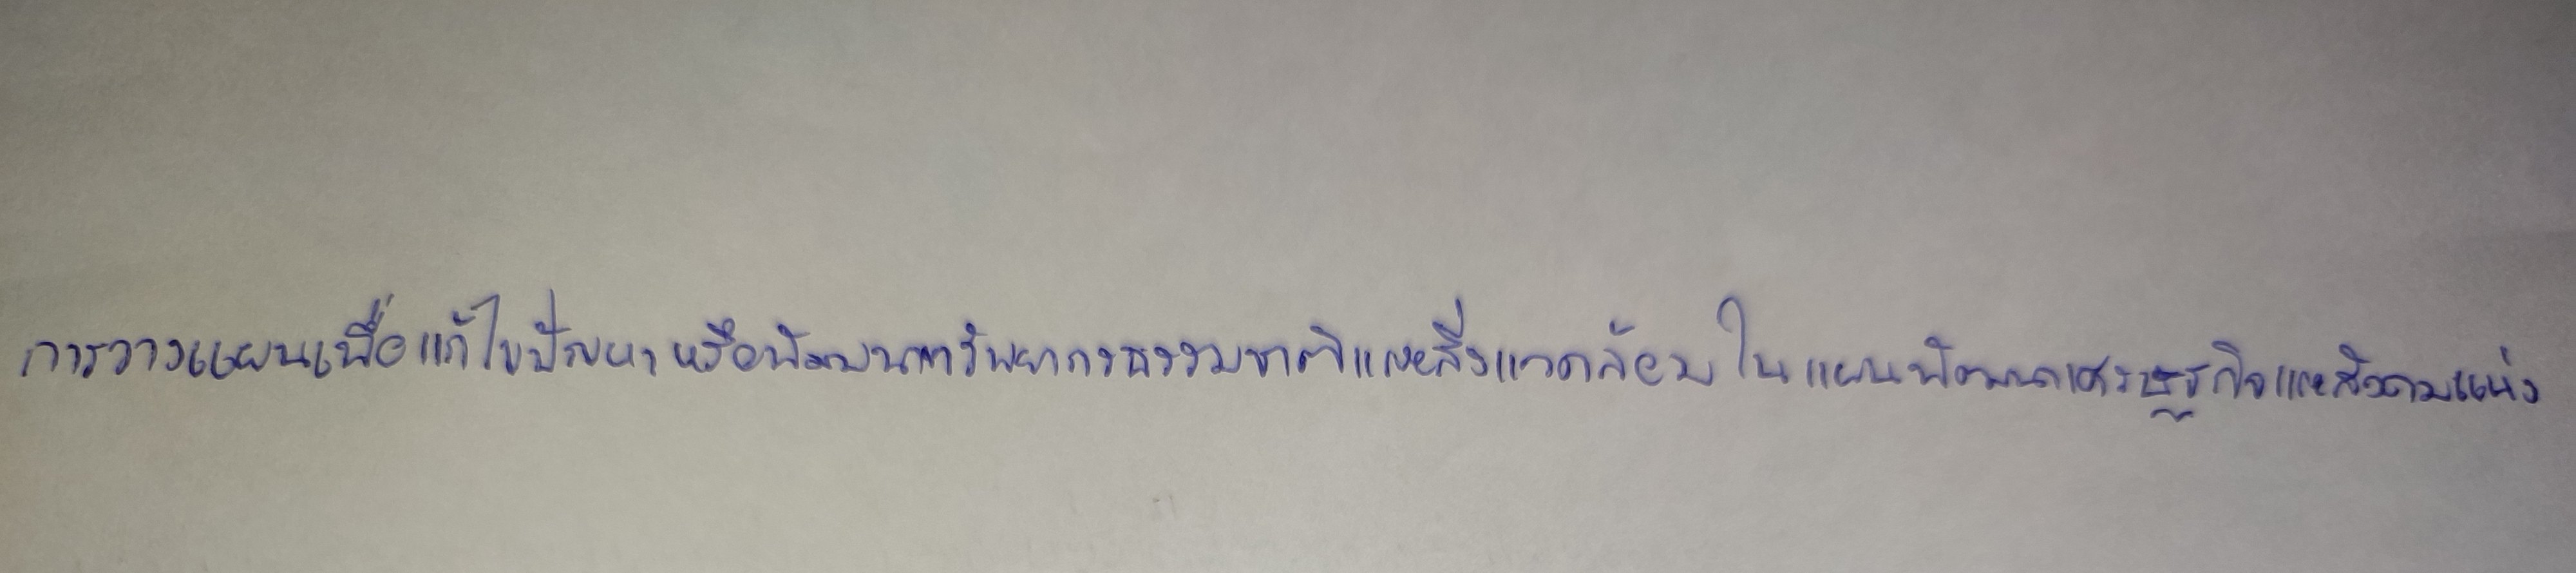
การวางแผนเพื่อแก้ไขปัญหาหรือพัฒนาทรัพยากรธรรมชาติและสิ่งแวดล้อมในแผนพัฒนาเศรษฐกิจและสังคมแห่ง